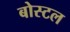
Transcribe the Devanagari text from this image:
बोस्टल